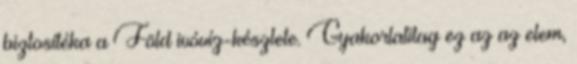
biztosítéka a Föld ivóvíz-készlete. Gyakorlatilag ez az az elem,